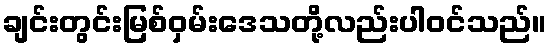
ချင်းတွင်းမြစ်ဝှမ်းဒေသတို့လည်းပါဝင်သည်။